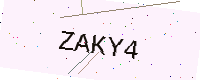
Text: ZAKY4